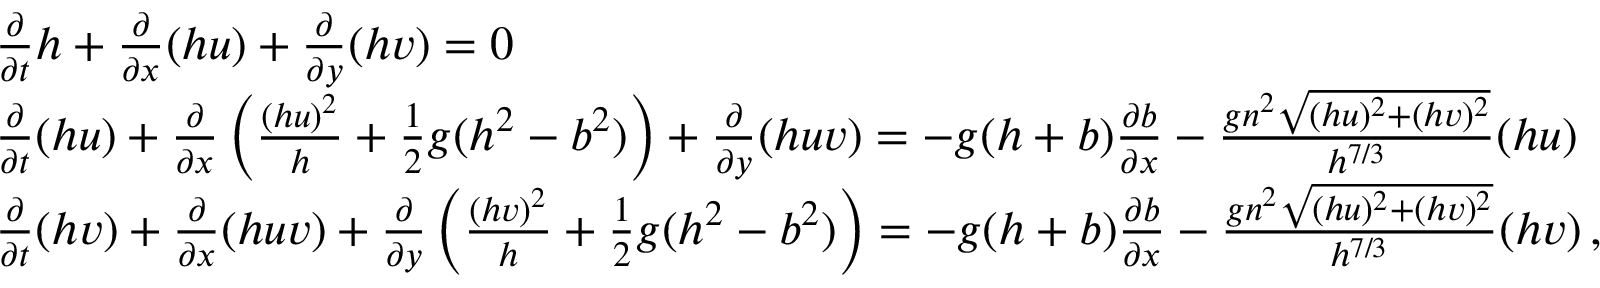
\begin{array} { r l } & { \frac { \partial } { \partial t } h + \frac { \partial } { \partial x } ( h u ) + \frac { \partial } { \partial y } ( h v ) = 0 } \\ & { \frac { \partial } { \partial t } ( h u ) + \frac { \partial } { \partial x } \left( \frac { ( h u ) ^ { 2 } } { h } + \frac { 1 } { 2 } g ( h ^ { 2 } - b ^ { 2 } ) \right) + \frac { \partial } { \partial y } ( h u v ) = - g ( h + b ) \frac { \partial b } { \partial x } - \frac { g n ^ { 2 } \sqrt { ( h u ) ^ { 2 } + ( h v ) ^ { 2 } } } { h ^ { 7 / 3 } } ( h u ) } \\ & { \frac { \partial } { \partial t } ( h v ) + \frac { \partial } { \partial x } ( h u v ) + \frac { \partial } { \partial y } \left( \frac { ( h v ) ^ { 2 } } { h } + \frac { 1 } { 2 } g ( h ^ { 2 } - b ^ { 2 } ) \right) = - g ( h + b ) \frac { \partial b } { \partial x } - \frac { g n ^ { 2 } \sqrt { ( h u ) ^ { 2 } + ( h v ) ^ { 2 } } } { h ^ { 7 / 3 } } ( h v ) \, , } \end{array}